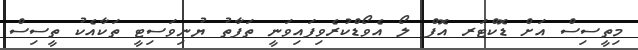
މިތީސިސް އަށް ޑޮކްޓަރ އޮފް ލޯ އެވޯޑްކުރެވިފައިވަނީ ތަފާތު ޔުނިވަސިޓީ ތަކާއެކު ތީސިސް